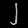
Digit: ၂